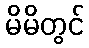
မိမိတွင်